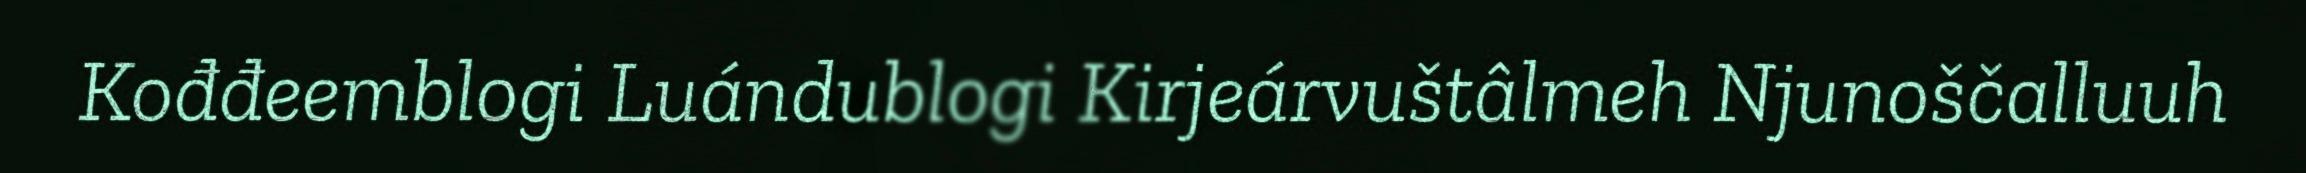
Kođđeemblogi Luándublogi Kirjeárvuštâlmeh Njunoščalluuh